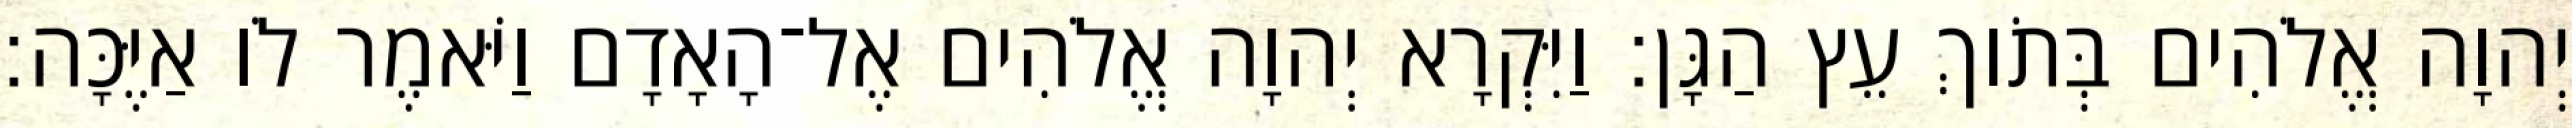
יְהוָה אֱלֹהִים בְּתֹוךְ עֵץ הַגָּן׃ וַיִּקְרָא יְהוָה אֱלֹהִים אֶל־הָאָדָם וַיֹּאמֶר לֹו אַיֶּכָּה׃